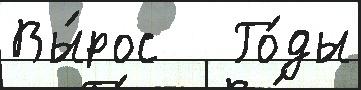
Вы́рос   Го́ды